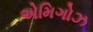
એમિગોઝ